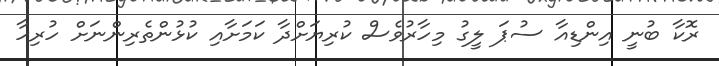
ރޮކާ ބުނީ އިންޑިއާ ސުޕަ ލީގު މިހާރުވެސް ކުރިޔަށްދާ ކަމަށާއި ކުޅުންތެރިންނަށް ހުރިހާ